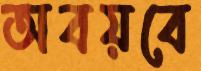
অবয়বে